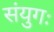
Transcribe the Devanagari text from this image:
संयुगः